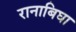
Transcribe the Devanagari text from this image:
रानाबिघा